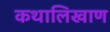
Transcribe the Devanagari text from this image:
कथालिखाण